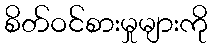
စိတ်ဝင်စားမှုများကို